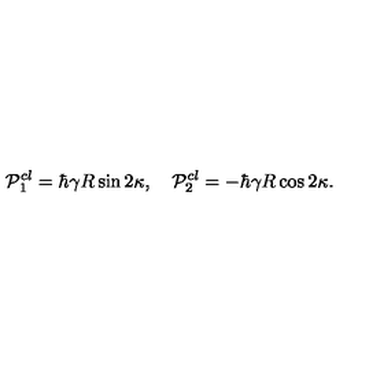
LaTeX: { \cal P } _ { 1 } ^ { c l } = \hbar \gamma R \sin 2 \kappa , \quad { \cal P } _ { 2 } ^ { c l } = - \hbar \gamma R \cos 2 \kappa .